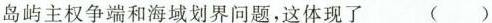
岛屿主权争端和海域划界问题，这体现了 ()